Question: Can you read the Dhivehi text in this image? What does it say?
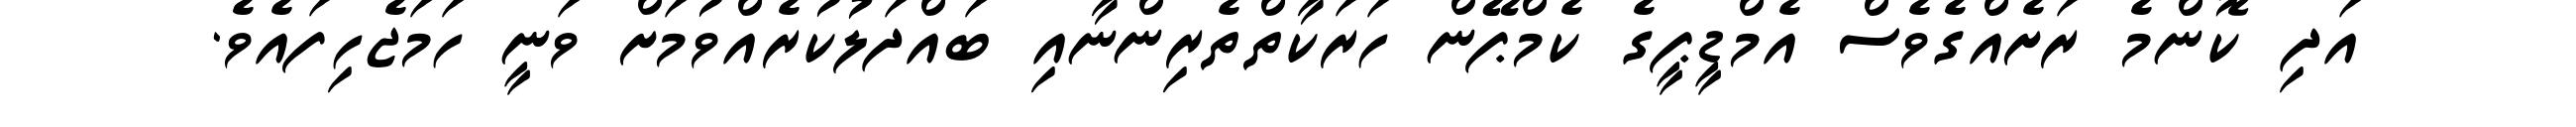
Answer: އަދި ކޮންމެ ރަށެއްގެވެސް އެމްޑީޕީގެ ކެމްޕޭން ހަރަކާތްތެރިންނާއި ބައްދަލުކުރެއްވުމަށް ވަނީ ހަމަޖެހިފައެވެ.